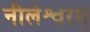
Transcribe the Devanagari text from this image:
नीलेश्वरम्